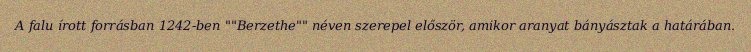
A falu írott forrásban 1242-ben ""Berzethe"" néven szerepel először, amikor aranyat bányásztak a határában.